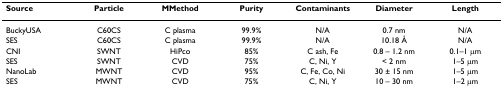
<table><thead><tr><td><b>Source</b></td><td><b>Particle</b></td><td><b>MMethod</b></td><td><b>Purity</b></td><td><b>Contaminants</b></td><td><b>Diameter</b></td><td><b>Length</b></td></tr></thead><tbody><tr><td>BuckyUSA</td><td>C60CS</td><td>C plasma</td><td>99.9%</td><td>N/A</td><td>0.7 nm</td><td>N/A</td></tr><tr><td>SES</td><td>C60CS</td><td>C plasma</td><td>99.9%</td><td>N/A</td><td>10.18 Å</td><td>N/A</td></tr><tr><td>CNI</td><td>SWNT</td><td>HiPco</td><td>85%</td><td>C ash, Fe</td><td>0.8 – 1.2 nm</td><td>0.1–1 μm</td></tr><tr><td>SES</td><td>SWNT</td><td>CVD</td><td>75%</td><td>C, Ni, Y</td><td>&lt; 2 nm</td><td>1–5 μm</td></tr><tr><td>NanoLab</td><td>MWNT</td><td>CVD</td><td>95%</td><td>C, Fe, Co, Ni</td><td>30 ± 15 nm</td><td>1–5 μm</td></tr><tr><td>SES</td><td>MWNT</td><td>CVD</td><td>75%</td><td>C, Ni, Y</td><td>10 – 30 nm</td><td>1–2 μm</td></tr></tbody></table>